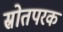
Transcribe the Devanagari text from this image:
स्रोतपरक